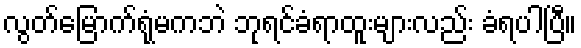
လွတ်မြောက်ရုံမကဘဲ ဘုရင်ခံရာထူးများလည်း ခံရပါပြီ။